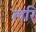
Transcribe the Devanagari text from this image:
लरि